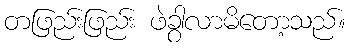
တဖြည်းဖြည်း ဖဲခွာလာမိတော့သည်။